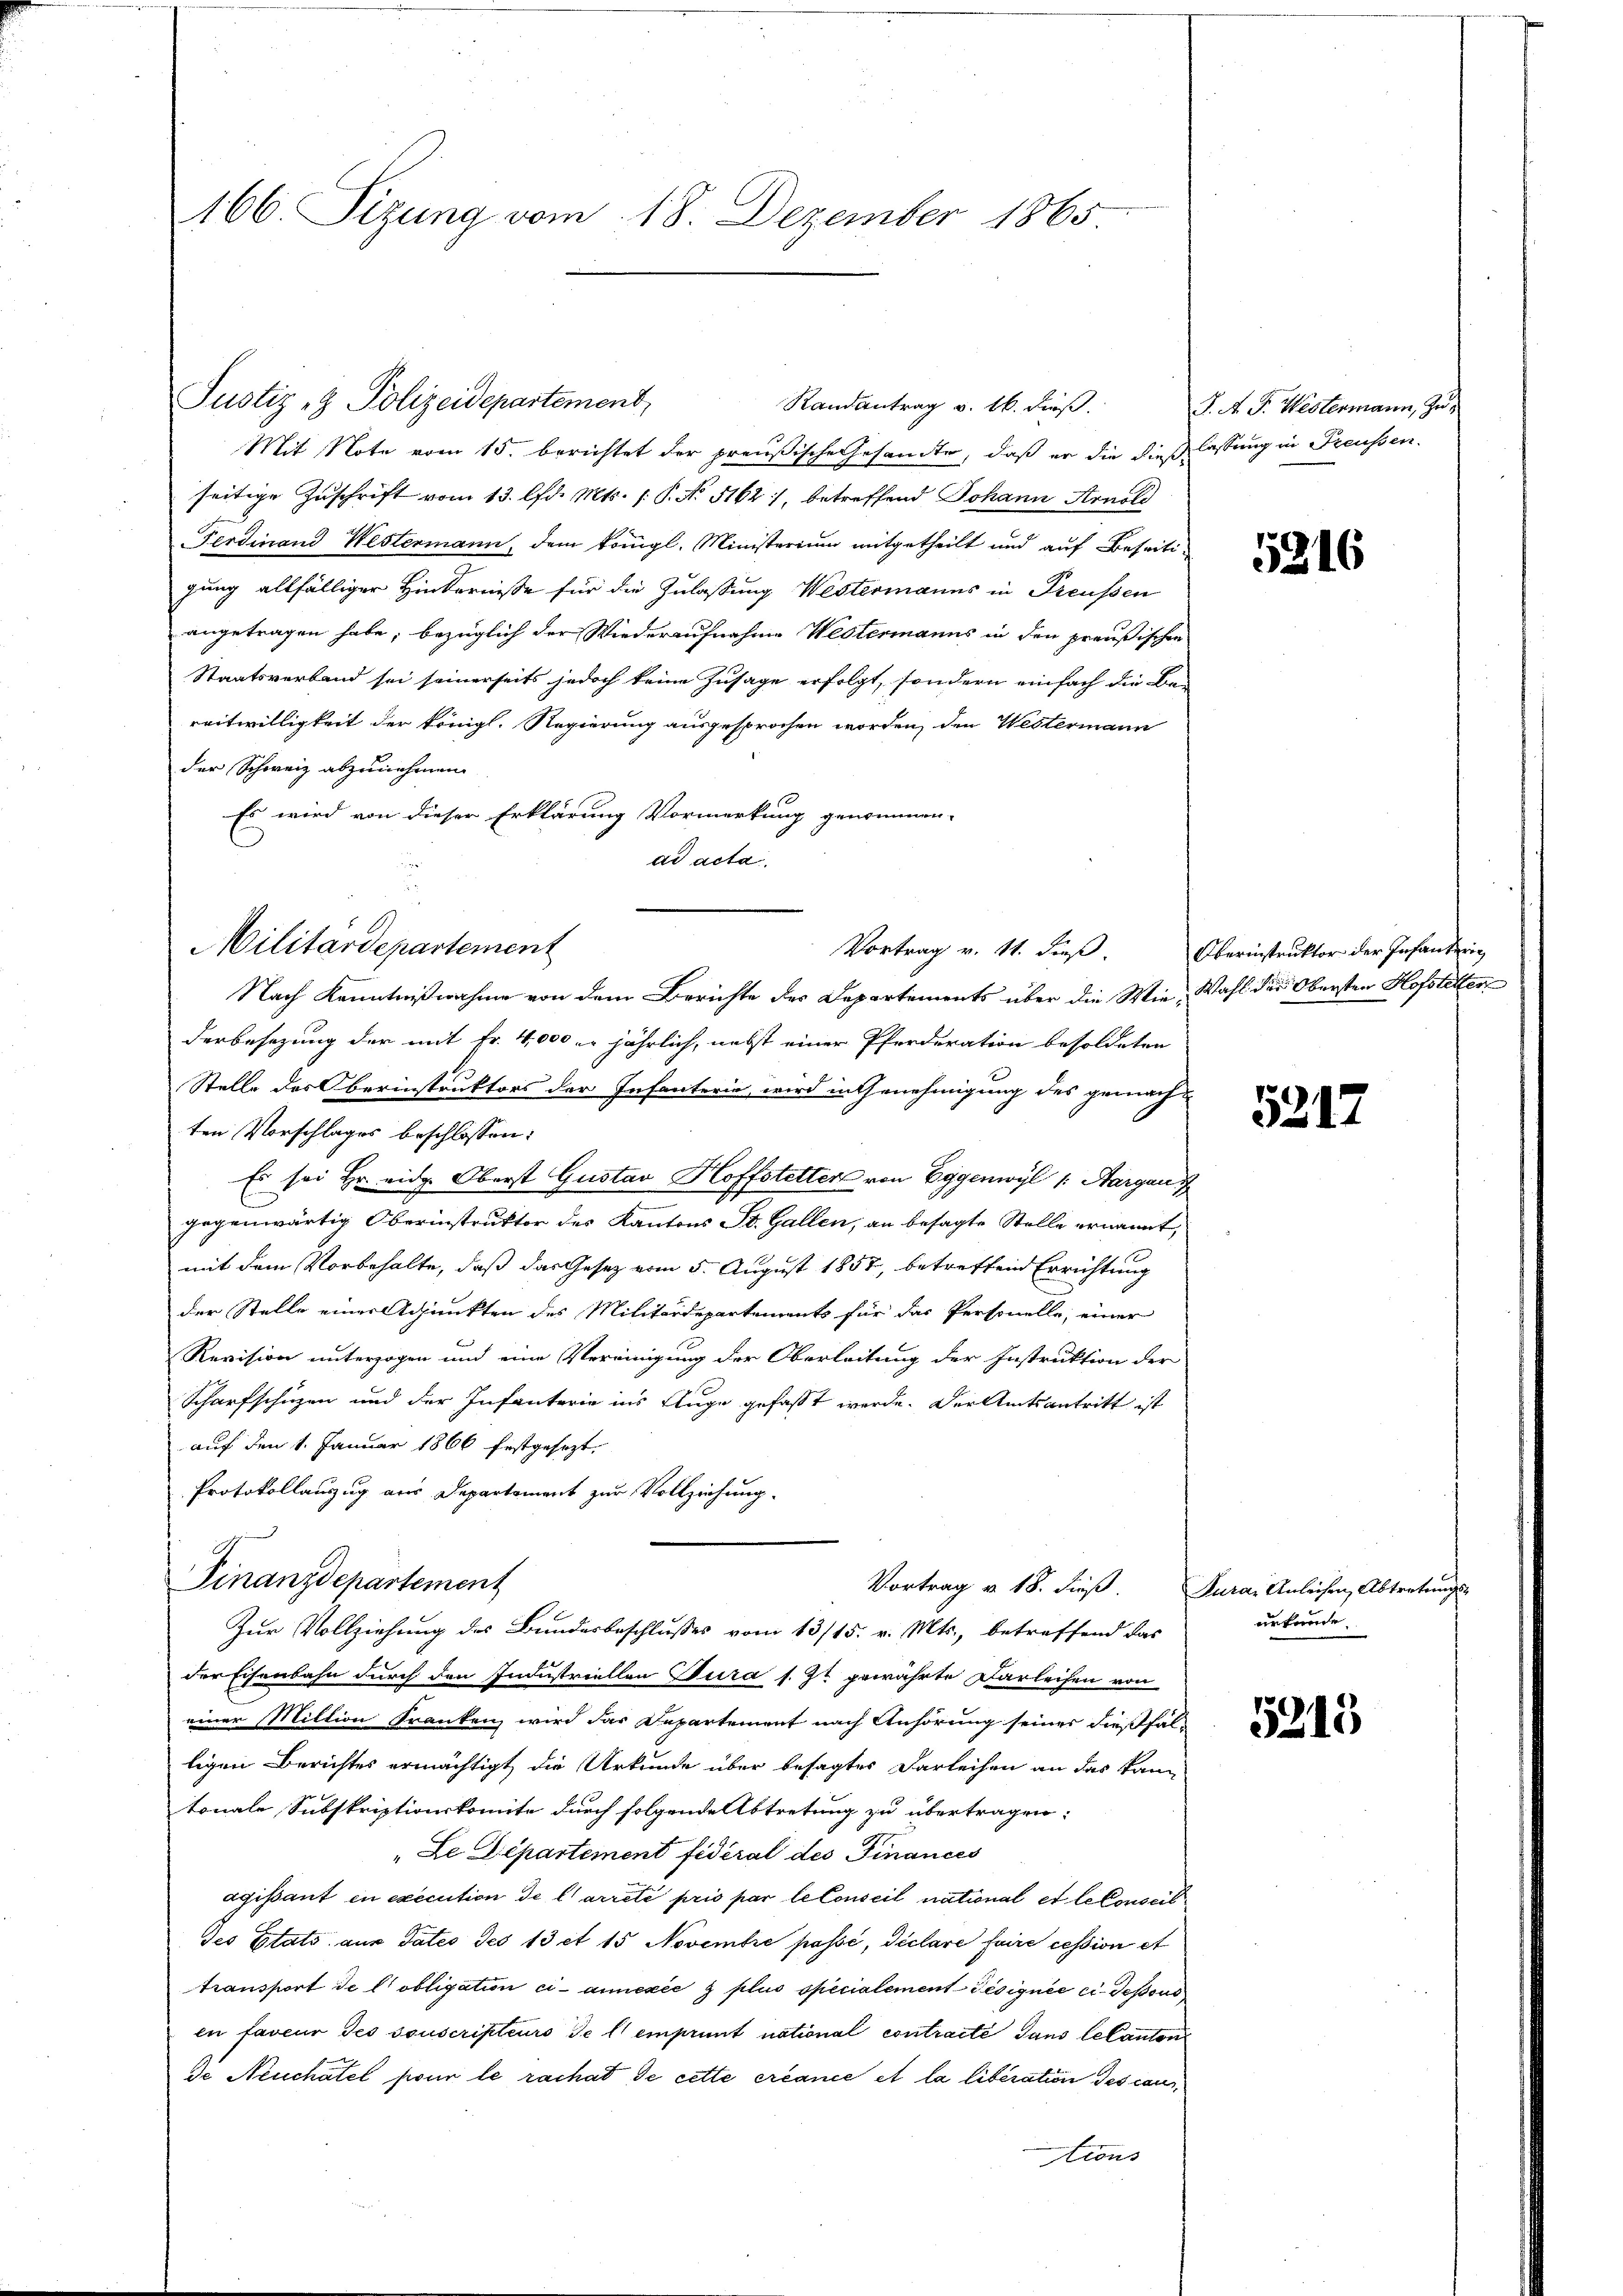
166. Sizung vom 18. Dezember 1865

Mit Note vom 15. berichtet der preußische Gesandte, daß er die dieß lassung in Preussen.
seitige Zuschrift vom 13. lfd. Mts. 1. P. No 5162), betreffend Johann Arnold
Ferdinand Westermann, dem Königl. Ministerium mitgetheilt und auf Beseitigung allfälliger Hinternisse für die Zulassung Westermanns in Preußen
angetragen habe; bezüglich der Wiederaufnahme Westermanns in den preußischen
Staatsverband sei seinerseits jedoch keine Zusage erfolgt, sondern einfach die Be-
reitwilligkeit der königl. Regierung ausgesprochen worden, den Westermann
der Schweiz abzunehmen
Es wird von dieser Erklärung Vormerkung genommen.
dd acta.
Nach Kenntnißnahme von dem Berichte des Departements über die Wie Wahl der Obersten Hofstetter
derbesezung der mit Fr. 4,000 l. jährlich, nebst einer Pferderation besoldeten
Stelle des Oberinstruktors der Infanterie, wird in Genehmigung des gemachten Vorschlages beschlossen:
Es sei Hr. eidg. Oberst Gustav Hoffstetter von Eggenwyl 1: Aargau d
gegenwärtig Oberinstruktor des Kantons St. Gallen, an besagte Stelle ernannt,
mit dem Vorbehalte, daß das Gesetz vom 5. August 1857, betreffend Errichtung
der Stelle einer Adjunkten des Militärdepartements für das Personelle, einer
Revision unterzogen und eine Vereinigung der Oberleitung der Instruktion der
Scharfschüzen und der Infanterie ins Auge gefasst werde. Der Amtsantritt ist
auf den 1. Januar 1866 festgesezt.
Protokollauszug aus Departement zur Vollziehung.
Finanzdepartement
Vortrag v. 18. dieß. Dura, Anlichen, Abtretungs-
Zur Vollziehung des Bundesbeschlusses vom 13/15. v. Mts., betreffend das
der Eisenbahn durch den Industriellen Jura s. Zt gewährte Darleihen von
einer Mittion Franken wird das Departement nach Anhörung seiner dießfalligen Berichtes ermächtigt die Urkunde über besagtes Darleihen an das kann
tonale Subskriptionskomite durch folgende Abtretung zu übertragen:
"Le Departement fidéral des Finances
agissant in execution de l’arrêté pris par le Conseil national et le Conseit¬
Jes Etats aus Tates Jes 13 et 15 Novembre passé, déclare faire cession et
transport de l’obligation ci-annexée z plus specialement désignée ci-dessous
in faveur des souscripteurs de l. emprunt national contracté dans le Canton
de Neuchâtel pour le rachat de cette créance et la liberation des caustions

Militärdepartement

Justiz & Polizeidepartement,

Randantrag v. 16. dieß.

Vortrag v. 11. dieß.

J. A. G. Westermann, Zu¬

5216

Oberinstruktor der Infanterie

5217

urfunde

5213